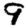
Digit: 9